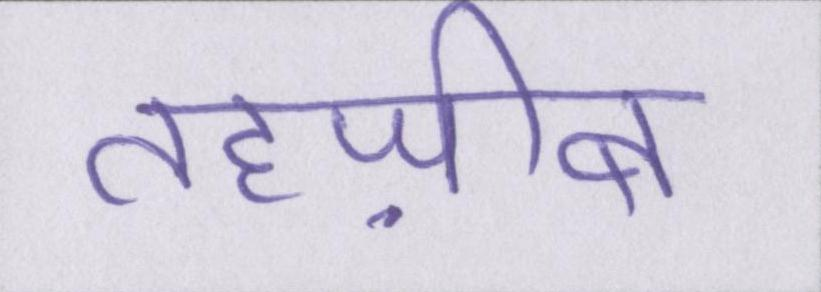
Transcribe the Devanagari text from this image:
तहज़ीब